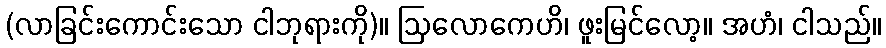
(လာခြင်းကောင်းသော ငါဘုရားကို)။ ဩလောကေဟိ၊ ဖူးမြင်လော့။ အဟံ၊ ငါသည်။